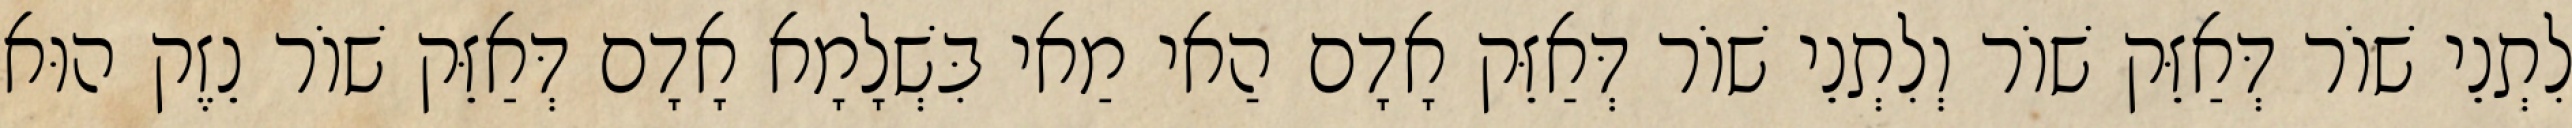
לִתְנֵי שׁוֹר דְּאַזֵּק שׁוֹר וְלִתְנֵי שׁוֹר דְּאַזֵּק אָדָם הַאי מַאי בִּשְׁלָמָא אָדָם דְּאַזֵּק שׁוֹר נֵזֶק הוּא